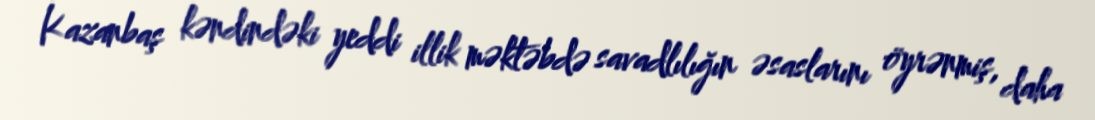
Kazanbaş kəndindəki yeddi illik məktəbdə savadlılığın əsaslarını öyrənmiş, daha